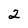
Character: 2